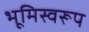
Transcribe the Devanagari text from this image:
भूमिस्वरूप